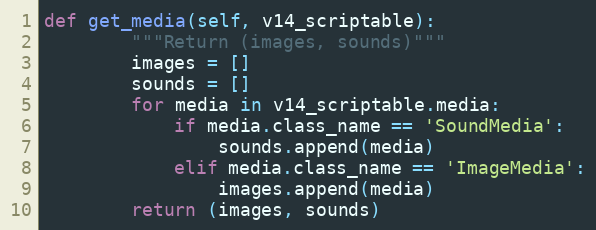
Language: Python
def get_media(self, v14_scriptable):
        """Return (images, sounds)"""
        images = []
        sounds = []
        for media in v14_scriptable.media:
            if media.class_name == 'SoundMedia':
                sounds.append(media)
            elif media.class_name == 'ImageMedia':
                images.append(media)
        return (images, sounds)